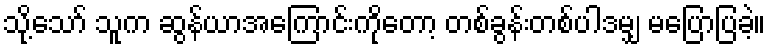
သို့သော် သူက ဆွန်ယာအကြောင်းကိုတော့ တစ်ခွန်းတစ်ပါဒမျှ မပြောပြခဲ့။